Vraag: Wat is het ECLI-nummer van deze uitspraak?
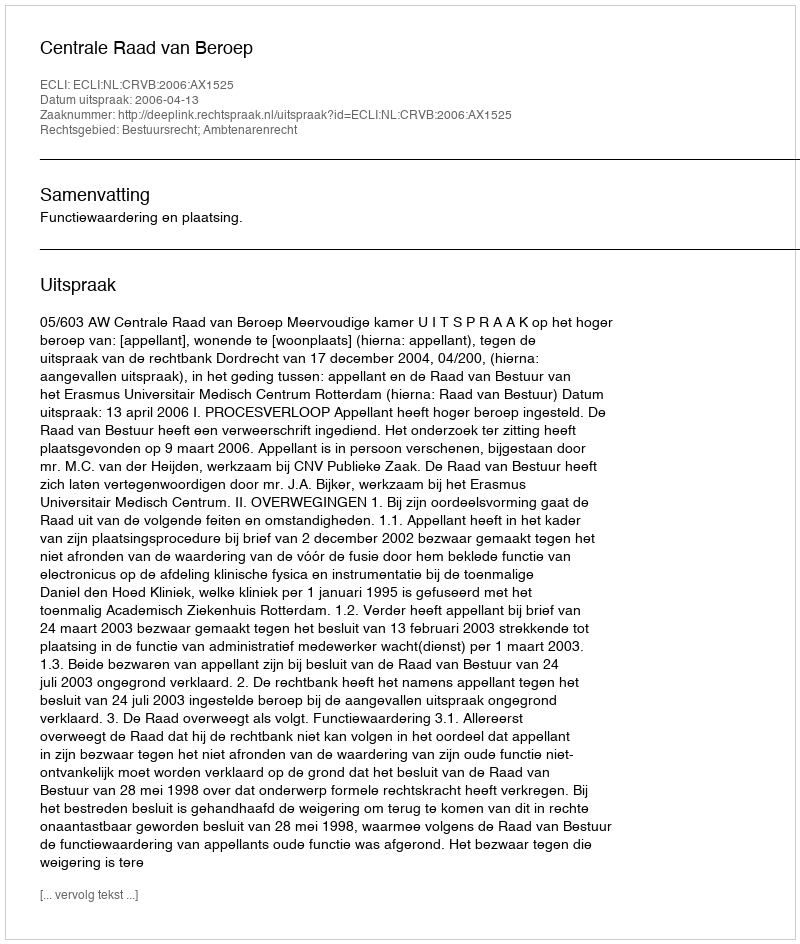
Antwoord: ECLI:NL:CRVB:2006:AX1525